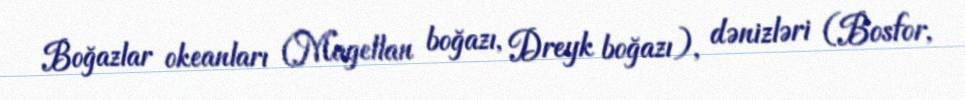
Boğazlar okeanları (Magellan boğazı, Dreyk boğazı), dənizləri (Bosfor,